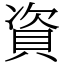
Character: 資